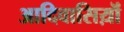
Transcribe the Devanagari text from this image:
आदिवासिय़ॊं